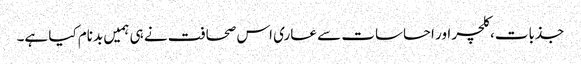
جذبات، کلچر اور احساسات سے عاری اس صحافت نے ہی ہمیں بدنام کیا ہے۔